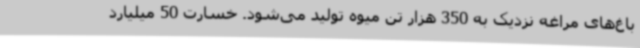
باغ‌های مراغه نزدیک به 350 هزار تن میوه تولید می‌شود. خسارت 50 میلیارد